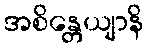
အစိန္တေယျာနိ